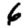
Digit: 6